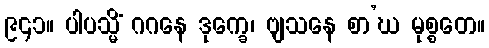
၉၄၁။ ပါပသ္မိံ ဂဂနေ ဒုက္ခေ၊ ဗျသနေ စာ’ဃ မုစ္စတေ။